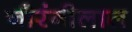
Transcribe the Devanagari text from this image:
नौरंगीलाल